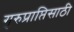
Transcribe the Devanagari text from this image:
गुरुप्राप्तिसाठी